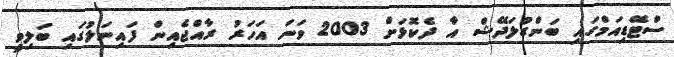
ސްޓޭޑިއަމްގައި ބަންގުލަދޭޝް އާ ދެކޮޅަށް 2003 ވަނަ އަހަރު ރާއްޖެއިން ފައިނަލުގައި ބަލިވީ